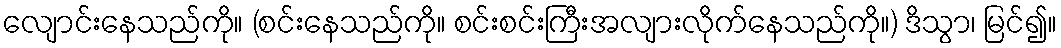
လျောင်းနေသည်ကို။ (စင်းနေသည်ကို။ စင်းစင်းကြီးအလျားလိုက်နေသည်ကို။) ဒိသွာ၊ မြင်၍။